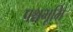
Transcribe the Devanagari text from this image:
पश्चभूमि